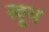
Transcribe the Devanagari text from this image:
खूभ